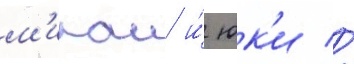
м'ираи и́ юк'и //